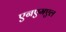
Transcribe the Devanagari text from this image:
एनएमएल